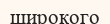
широкого